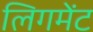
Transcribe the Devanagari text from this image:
लिगमेंट